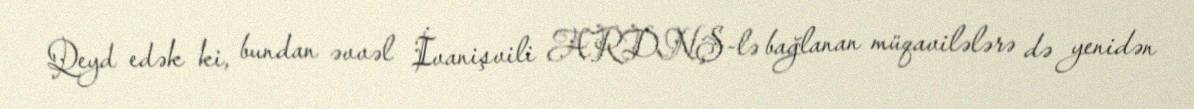
Qeyd edək ki, bundan əvvəl İvanişvili ARDNŞ-lə bağlanan müqavilələrə də yenidən